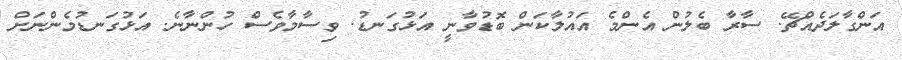
އަންގާލަދެއްޗޭ. ސާރާ ބެލުން އެންމެ އައުލާކަން ބޮޑުވާނީ އަޅުގަނޑު. ވިސާމާވެސް ހުންނާނެ. އަޅުގަނޑުމެންނަށް